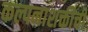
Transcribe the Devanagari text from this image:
कल्पनाशक्तीची